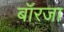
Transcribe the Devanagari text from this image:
बॉरजा